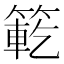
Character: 𮅯